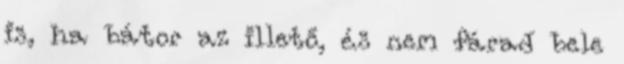
is, ha bátor az illető, és nem fárad bele